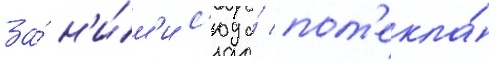
за́ н'и́м'и с'юда́ пот'екла́